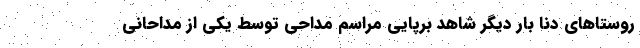
روستاهای دنا بار دیگر شاهد برپایی مراسم مداحی توسط یکی از مداحانی